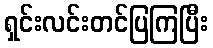
ရှင်းလင်းတင်ပြကြပြီး